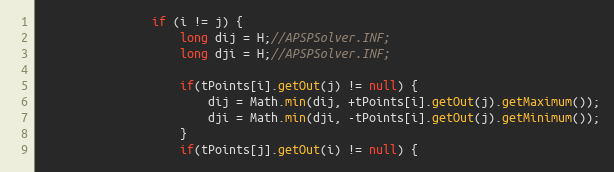
Language: Java
				if (i != j) {
					long dij = H;//APSPSolver.INF;
					long dji = H;//APSPSolver.INF;

					if(tPoints[i].getOut(j) != null) {
						dij = Math.min(dij, +tPoints[i].getOut(j).getMaximum());
						dji = Math.min(dji, -tPoints[i].getOut(j).getMinimum());
					}
					if(tPoints[j].getOut(i) != null) {